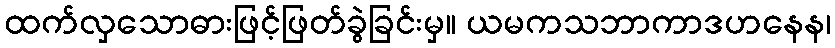
ထက်လှသောဓားဖြင့်ဖြတ်ခွဲခြင်းမှ။ ယမကသဘာကာဒဟနေန၊